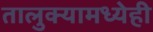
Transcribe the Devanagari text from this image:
तालुक्यामध्येही